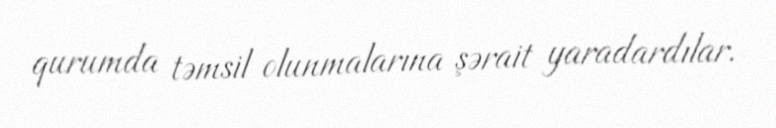
qurumda təmsil olunmalarına şərait yaradardılar.